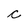
Character: c